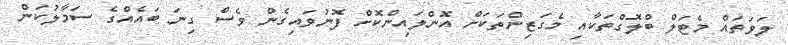
ލަވަތައް މެޓަލް ބްލޮގްތަކާއި މެގަޒިންތަކަށް އޮންލައިންކޮށް ފޮނުވައިގެން ވެސް ގިނަ ބައެއްގެ ސަމާލުކަން